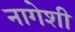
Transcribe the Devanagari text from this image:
नागेशी